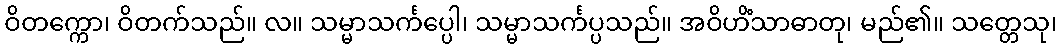
ဝိတက္ကော၊ ဝိတက်သည်။ လ။ သမ္မာသင်္ကပ္ပေါ၊ သမ္မာသင်္ကပ္ပသည်။ အဝိဟိံသာဓာတု၊ မည်၏။ သတ္တေသု၊